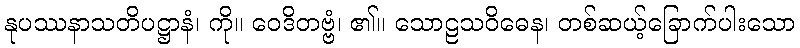
နုပဿနာသတိပဋ္ဌာနံ၊ ကို။ ဝေဒိတဗ္ဗံ၊ ၏။ သောဠသဝိဓေန၊ တစ်ဆယ့်ခြောက်ပါးသော